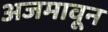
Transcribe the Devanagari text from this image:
अजमावून